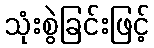
သုံးစွဲခြင်းဖြင့်